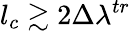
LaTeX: l_{c}\gtrsim 2\Delta\lambda^{tr}